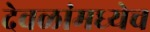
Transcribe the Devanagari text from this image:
देवळांमध्येच